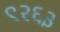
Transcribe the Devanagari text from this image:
९२६३